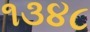
૧૩૪૮